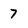
Character: 7